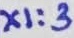
Text: X1:3